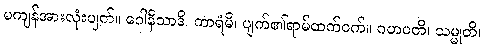
မကျန်အားလုံးပျက်။ ဂေါနိသာဒိ၊ ကာရံမိ၊ ပျက်၏ရာမ်ထက်ဝက်။ ဂဟပတိ၊ သမ္မုတိ၊